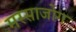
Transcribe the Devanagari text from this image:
मस्साजोग